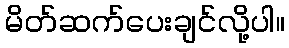
မိတ်ဆက်ပေးချင်လို့ပါ။